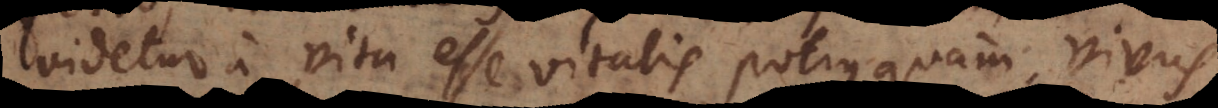
videtur a vita esse vitalis potius quam vivus